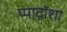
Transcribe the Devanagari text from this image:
प्पाद़ॉशा